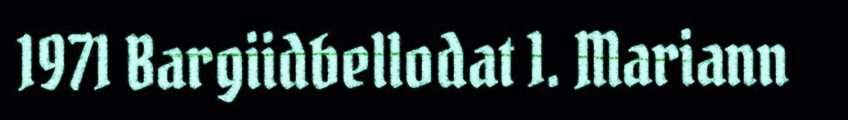
1971 Bargiidbellodat 1. Mariann